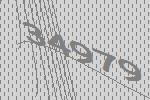
34979